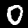
Digit: 0